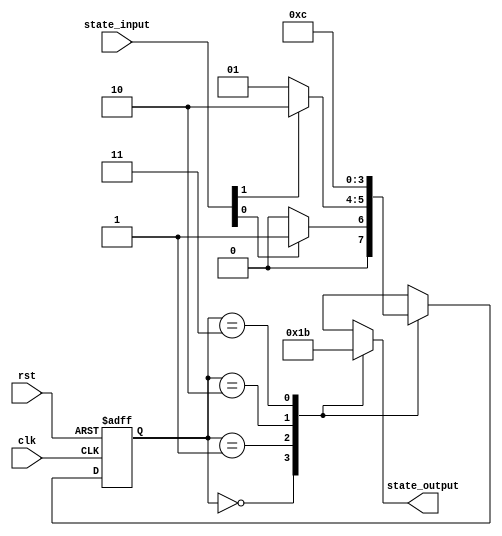
module parameterized_state_machine #(
    parameter NUM_STATES = 4,                // Number of states
    parameter INPUT_WIDTH = 2,                // Input signal width
    parameter OUTPUT_WIDTH = 2,               // Output signal width
    parameter INIT_STATE = 2'b00              // Initial state
)(
    input wire clk,                           // Clock signal
    input wire rst,                           // Reset signal
    input wire [INPUT_WIDTH-1:0] state_input, // Input signals affecting state transitions
    output reg [OUTPUT_WIDTH-1:0] state_output // Output signals based on states
);

    // State encoding using localparam
    localparam [1:0] 
        STATE_0 = 2'b00,
        STATE_1 = 2'b01,
        STATE_2 = 2'b10,
        STATE_3 = 2'b11;

    // State variable to hold current state
    reg [1:0] current_state, next_state;

    // State transition logic
    always @(*) begin
        case (current_state)
            STATE_0: begin
                if (state_input[0]) next_state = STATE_1;
                else next_state = STATE_0;
            end
            STATE_1: begin
                if (state_input[1]) next_state = STATE_2;
                else next_state = STATE_1;
            end
            STATE_2: begin
                next_state = STATE_3; // Transition to STATE_3 unconditionally
            end
            STATE_3: begin
                next_state = STATE_0; // Loop back to STATE_0
            end
            default: next_state = INIT_STATE; // Default case
        endcase
    end

    // Output logic based on current state
    always @(*) begin
        case (current_state)
            STATE_0: state_output = 2'b00;
            STATE_1: state_output = 2'b01;
            STATE_2: state_output = 2'b10;
            STATE_3: state_output = 2'b11;
            default: state_output = 2'b00; // Default output
        endcase
    end

    // State update logic
    always @(posedge clk or posedge rst) begin
        if (rst) begin
            current_state <= INIT_STATE; // Reset to initial state
        end else begin
            current_state <= next_state;  // Update current state
        end
    end

endmodule